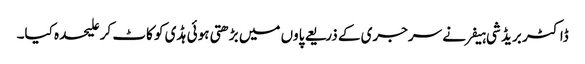
ڈاکٹر بریڈ شی ہیفر نے سرجری کے ذریعے پاوں میں بڑھتی ہوئی ہڈی کو کاٹ کر علیحدہ کیا۔